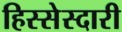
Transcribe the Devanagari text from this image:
हिस्सेस्दारी